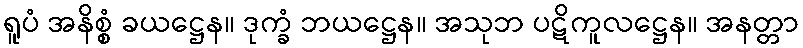
ရူပံ အနိစ္စံ ခယဋ္ဌေန။ ဒုက္ခံ ဘယဋ္ဌေန။ အသုဘ ပဋိကူလဋ္ဌေန။ အနတ္တာ